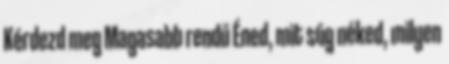
Kérdezd meg Magasabb rendű Éned, mit súg néked, milyen